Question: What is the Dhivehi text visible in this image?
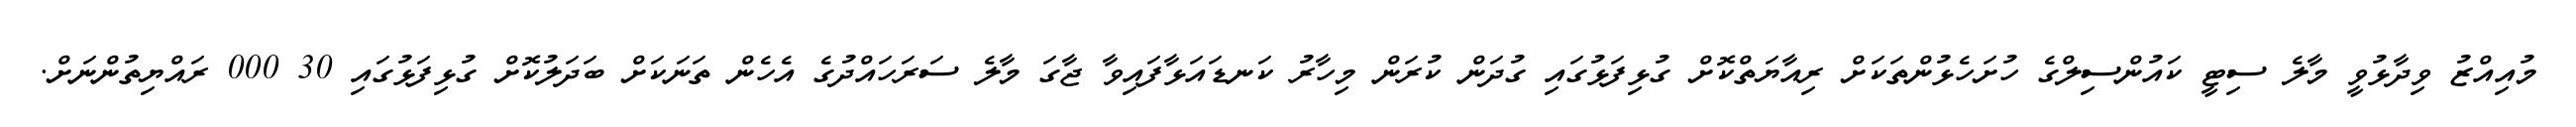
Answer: މުއިއްޒު ވިދާޅުވީ މާލެ ސިޓީ ކައުންސިލްގެ ހުށަހެޅުންތަކަށް ރިއާޔަތްކޮށް ގުޅިފަޅުގައި ގުދަން ކުރަން މިހާރު ކަނޑައަޅާފައިވާ ޖާގަ މާލެ ސަރަހައްދުގެ އެހެން ތަނަކަށް ބަދަލުކޮށް ގުޅިފަޅުގައި 30 000 ރައްޔިތުންނަށް.